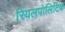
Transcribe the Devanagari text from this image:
रियलपोलिटिक